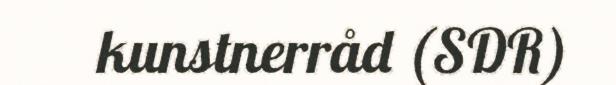
kunstnerråd (SDR)